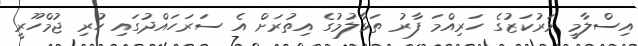
އިސްލާމީ މަރުކަޒުގެ ހަރިއްމަ ފާރު ތަޅާލުމުގެ އިތުރަށް އެ ސަރަހައްދުގައި ހުރި ޖުމްހޫރީ